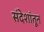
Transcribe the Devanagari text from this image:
संदेशांतून